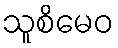
သူစိမေဝ